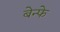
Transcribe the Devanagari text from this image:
बेन्फे